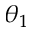
\theta _ { 1 }